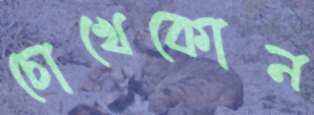
চোখেকোন